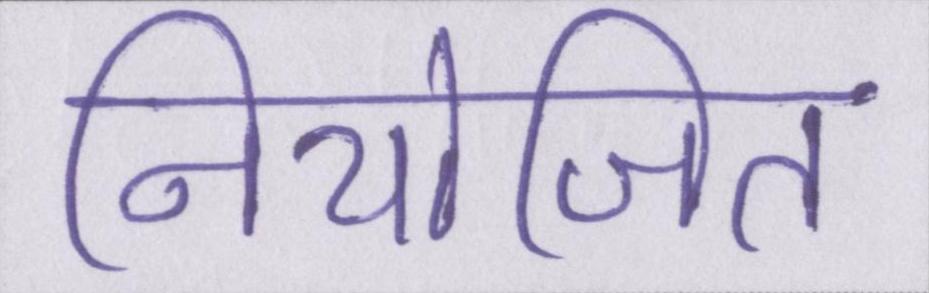
नियोजित